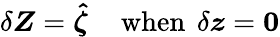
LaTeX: \delta\boldsymbol Z=\boldsymbol{\hat{\zeta}}\, \quad\mathrm{when}\, \ \delta\boldsymbol z=\boldsymbol 0